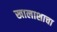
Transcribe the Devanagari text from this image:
खालाशाचा